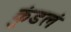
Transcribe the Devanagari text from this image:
कुंडलं